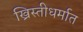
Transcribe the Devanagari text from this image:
ख्रिस्तीधर्मात